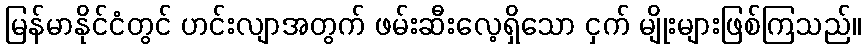
မြန်မာနိုင်ငံတွင် ဟင်းလျာအတွက် ဖမ်းဆီးလေ့ရှိသော ငှက် မျိုးများဖြစ်ကြသည်။